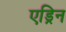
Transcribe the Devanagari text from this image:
एड्रिन